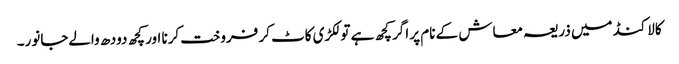
کالاکنڈ میں ذریعہ معاش کے نام پر اگر کچھ ہے تو لکڑی کاٹ کر فروخت کرنا اور کچھ دودھ والےجانور۔